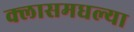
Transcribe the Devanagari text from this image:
क्लासमधल्या